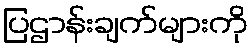
ပြဌာန်းချက်များကို